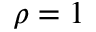
\rho = 1